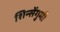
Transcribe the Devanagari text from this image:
शिन्सेंगुमी